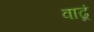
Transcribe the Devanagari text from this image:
वाढूं